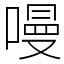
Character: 𠼦